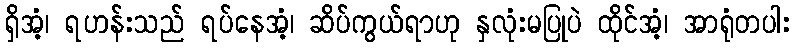
ရှိအံ့၊ ရဟန်းသည် ရပ်နေအံ့၊ ဆိပ်ကွယ်ရာဟု နှလုံးမပြုပဲ ထိုင်အံ့၊ အာရုံတပါး